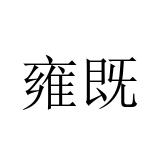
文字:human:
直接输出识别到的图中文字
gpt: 雍既